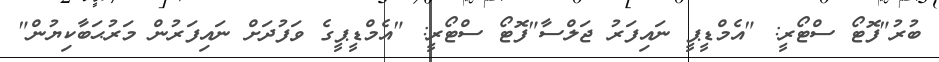
ބުރު"ފޮޓޯ ސްޓޯރީ: "އެމްޑީޕީ ނައިފަރު ޖަލްސާ"ފޮޓޯ ސްޓޯރީ: "އެމްޑީޕީގެ ވަފުދަށް ނައިފަރުން މަރުޙަބާކިޔުން"